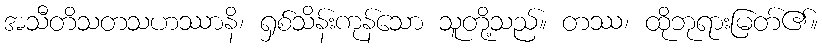
အသီတိသတသဟဿာနိ၊ ရှစ်သိန်းကုန်သော သူတို့သည်။ တဿ၊ ထိုဘုရားမြတ်၏။